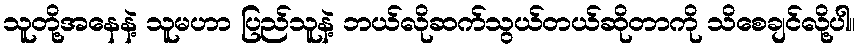
သူတို့အနေနဲ့ သူမဟာ ပြည်သူနဲ့ ဘယ်လိုဆက်သွယ်တယ်ဆိုတာကို သိစေချင်လို့ပါ။